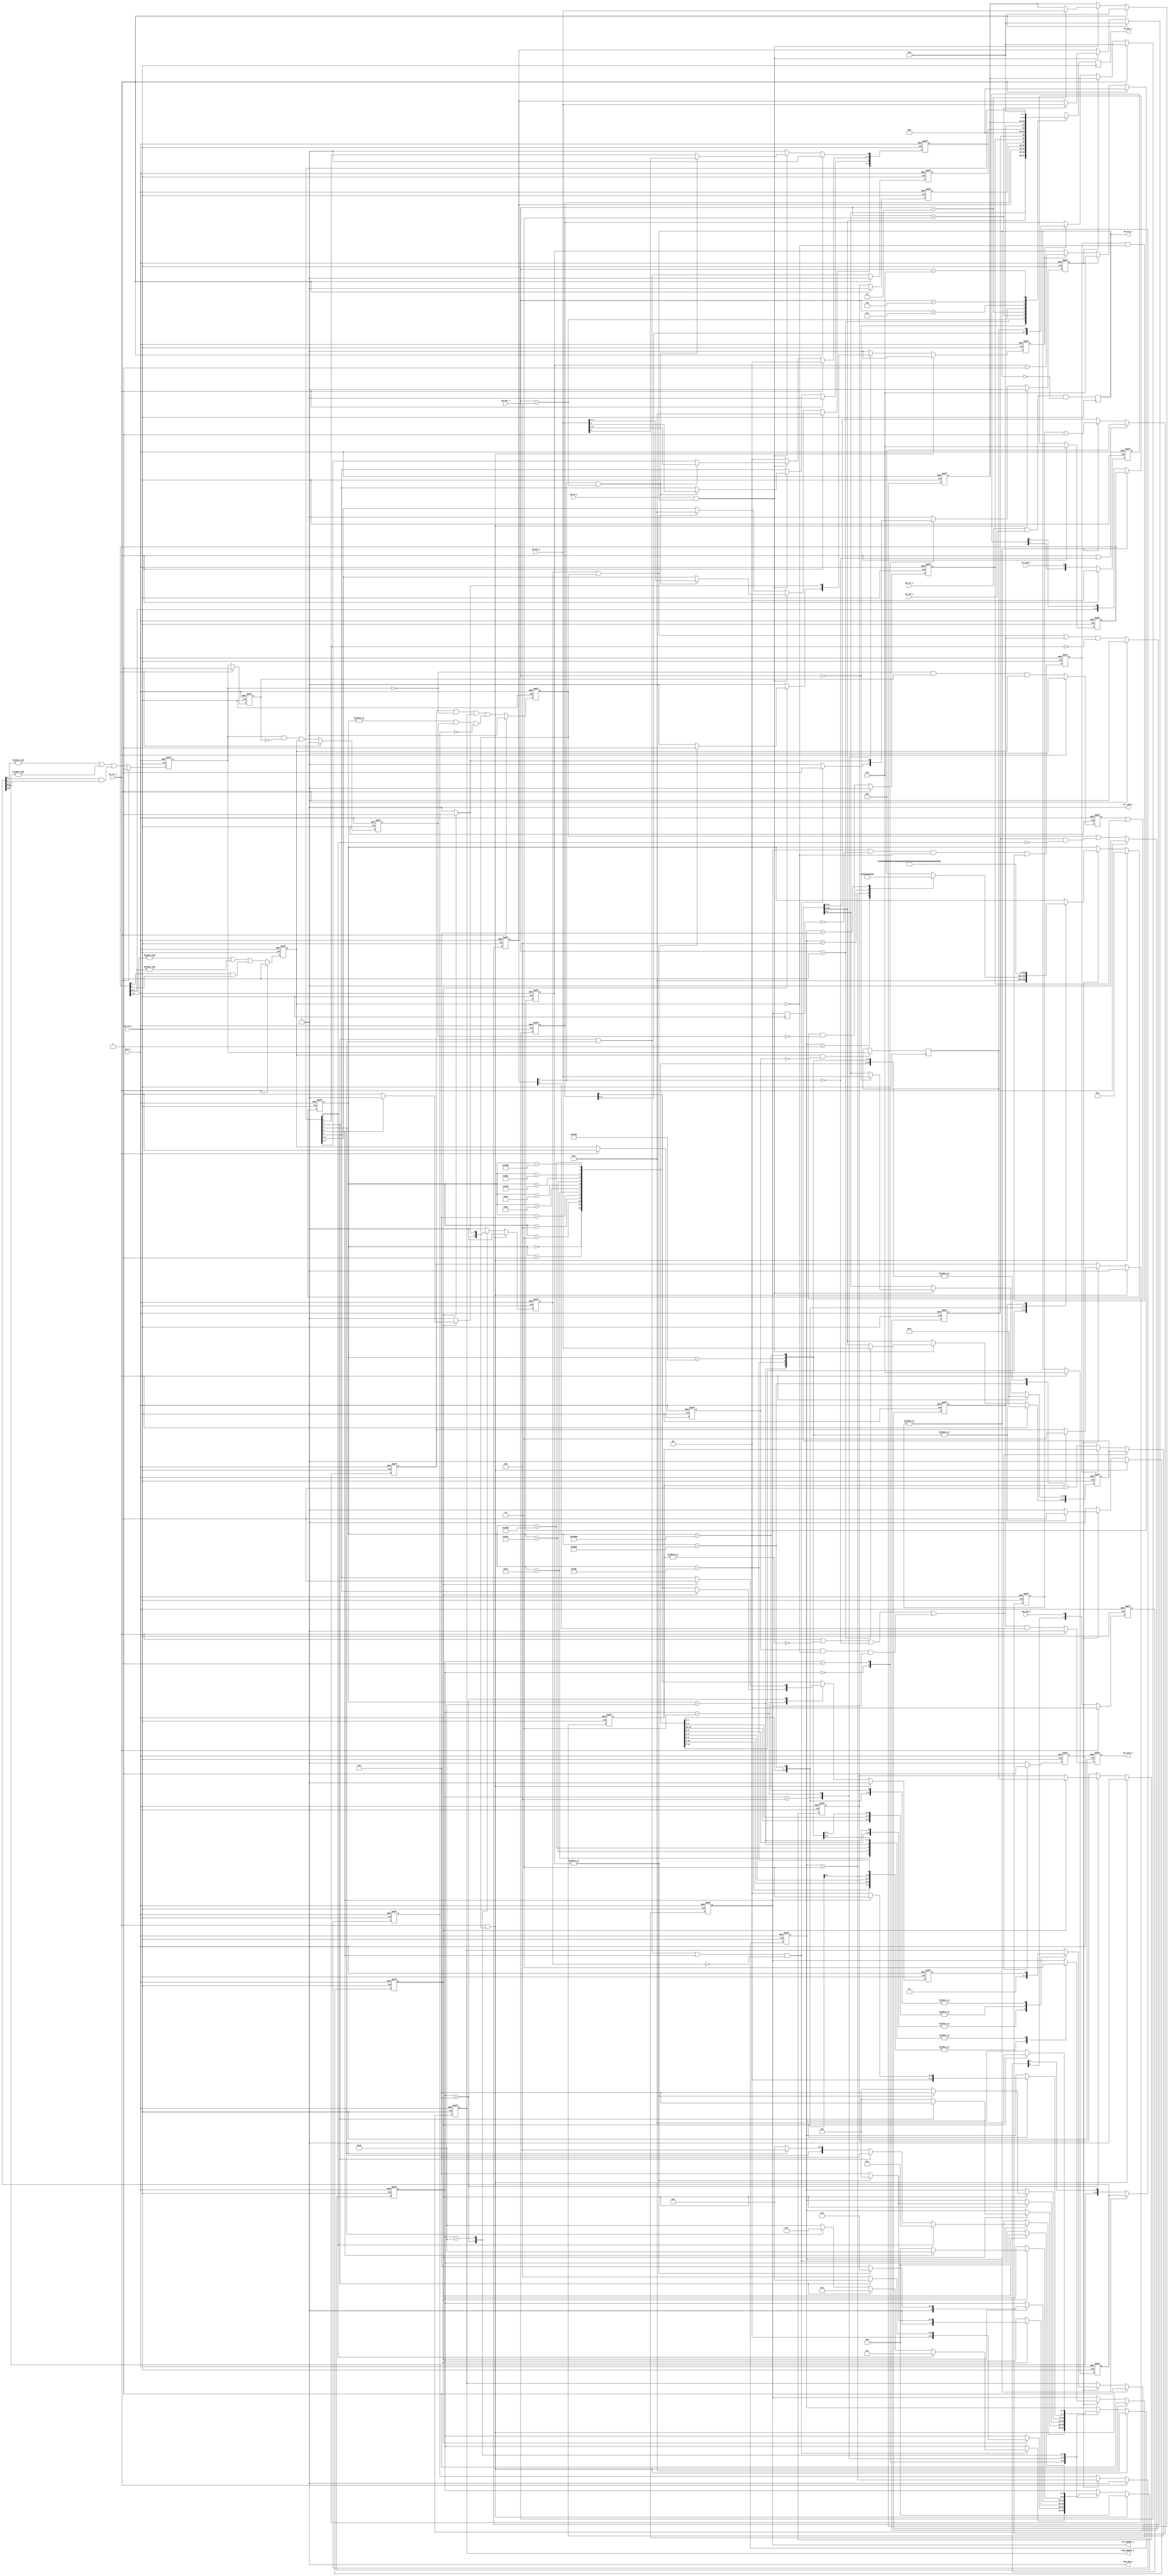
module i2c_master_top (
        input wb_clk_i,
        input wb_rst_i,
        input arst_i,
        input [2:0] wb_adr_i,
        input [7:0] wb_dat_i,
        output reg  [7:0] wb_dat_o,
        input wb_we_i,
        input wb_stb_i,
        input wb_cyc_i,
        output reg  wb_ack_o,
        output reg  wb_inta_o,
        input scl_pad_i,
        output scl_pad_o,
        output scl_padoen_o,
        input sda_pad_i,
        output sda_pad_o,
        output sda_padoen_o) ;
    parameter ARST_LVL =1'b0;
    parameter[4:0] byte_controller_ST_IDLE =5'b0_0000;
    parameter[4:0] byte_controller_ST_START =5'b0_0001;
    parameter[4:0] byte_controller_ST_READ =5'b0_0010;
    parameter[4:0] byte_controller_ST_WRITE =5'b0_0100;
    parameter[4:0] byte_controller_ST_ACK =5'b0_1000;
    parameter[4:0] byte_controller_ST_STOP =5'b1_0000;
    parameter[17:0] byte_controller_bit_controller_idle =18'b0_0000_0000_0000_0000;
    parameter[17:0] byte_controller_bit_controller_start_a =18'b0_0000_0000_0000_0001;
    parameter[17:0] byte_controller_bit_controller_start_b =18'b0_0000_0000_0000_0010;
    parameter[17:0] byte_controller_bit_controller_start_c =18'b0_0000_0000_0000_0100;
    parameter[17:0] byte_controller_bit_controller_start_d =18'b0_0000_0000_0000_1000;
    parameter[17:0] byte_controller_bit_controller_start_e =18'b0_0000_0000_0001_0000;
    parameter[17:0] byte_controller_bit_controller_stop_a =18'b0_0000_0000_0010_0000;
    parameter[17:0] byte_controller_bit_controller_stop_b =18'b0_0000_0000_0100_0000;
    parameter[17:0] byte_controller_bit_controller_stop_c =18'b0_0000_0000_1000_0000;
    parameter[17:0] byte_controller_bit_controller_stop_d =18'b0_0000_0001_0000_0000;
    parameter[17:0] byte_controller_bit_controller_rd_a =18'b0_0000_0010_0000_0000;
    parameter[17:0] byte_controller_bit_controller_rd_b =18'b0_0000_0100_0000_0000;
    parameter[17:0] byte_controller_bit_controller_rd_c =18'b0_0000_1000_0000_0000;
    parameter[17:0] byte_controller_bit_controller_rd_d =18'b0_0001_0000_0000_0000;
    parameter[17:0] byte_controller_bit_controller_wr_a =18'b0_0010_0000_0000_0000;
    parameter[17:0] byte_controller_bit_controller_wr_b =18'b0_0100_0000_0000_0000;
    parameter[17:0] byte_controller_bit_controller_wr_c =18'b0_1000_0000_0000_0000;
    parameter[17:0] byte_controller_bit_controller_wr_d =18'b1_0000_0000_0000_0000;
    reg [15:0] prer ;
    reg [7:0] ctr ;
    reg [7:0] txr ;
    wire [7:0] rxr ;
    reg [7:0] cr ;
    wire [7:0] sr ;
    wire done ;
    wire core_en ;
    wire ien ;
    wire irxack ;
    reg rxack ;
    reg tip ;
    reg irq_flag ;
    wire i2c_busy ;
    wire i2c_al ;
    reg al ;
    wire rst_i=(arst_i^ARST_LVL) ;
    wire wb_wacc=(wb_we_i&wb_ack_o) ;
    wire sta=cr[7] ;
    wire sto=cr[6] ;
    wire rd=cr[5] ;
    wire wr=cr[4] ;
    wire ack=cr[3] ;
    wire iack=cr[0] ;
    wire byte_controller_clk ;
    wire byte_controller_rst ;
    wire byte_controller_nReset ;
    wire byte_controller_ena ;
    wire [15:0] byte_controller_clk_cnt ;
    wire byte_controller_start ;
    wire byte_controller_stop ;
    wire byte_controller_read ;
    wire byte_controller_write ;
    wire byte_controller_ack_in ;
    wire [7:0] byte_controller_din ;
    reg byte_controller_cmd_ack ;
    reg byte_controller_ack_out ;
    wire [7:0] byte_controller_dout ;
    wire byte_controller_i2c_busy ;
    wire byte_controller_i2c_al ;
    wire byte_controller_scl_i ;
    wire byte_controller_scl_o ;
    wire byte_controller_scl_oen ;
    wire byte_controller_sda_i ;
    wire byte_controller_sda_o ;
    wire byte_controller_sda_oen ;
    reg [3:0] byte_controller_core_cmd ;
    reg byte_controller_core_txd ;
    wire byte_controller_core_ack ;
    wire byte_controller_core_rxd ;
    reg [7:0] byte_controller_sr ;
    reg byte_controller_shift ;
    reg byte_controller_ld ;
    wire byte_controller_go ;
    reg [2:0] byte_controller_dcnt ;
    wire byte_controller_cnt_done ;
    reg [4:0] byte_controller_c_state ;
    wire byte_controller_bit_controller_clk ;
    wire byte_controller_bit_controller_rst ;
    wire byte_controller_bit_controller_nReset ;
    wire byte_controller_bit_controller_ena ;
    wire [15:0] byte_controller_bit_controller_clk_cnt ;
    wire [3:0] byte_controller_bit_controller_cmd ;
    reg byte_controller_bit_controller_cmd_ack ;
    reg byte_controller_bit_controller_busy ;
    reg byte_controller_bit_controller_al ;
    wire byte_controller_bit_controller_din ;
    reg byte_controller_bit_controller_dout ;
    wire byte_controller_bit_controller_scl_i ;
    wire byte_controller_bit_controller_scl_o ;
    reg byte_controller_bit_controller_scl_oen ;
    wire byte_controller_bit_controller_sda_i ;
    wire byte_controller_bit_controller_sda_o ;
    reg byte_controller_bit_controller_sda_oen ;
    reg [1:0] byte_controller_bit_controller_cSCL ;
    reg [1:0] byte_controller_bit_controller_cSDA ;
    reg [2:0] byte_controller_bit_controller_fSCL ;
    reg [2:0] byte_controller_bit_controller_fSDA ;
    reg byte_controller_bit_controller_sSCL ;
    reg byte_controller_bit_controller_sSDA ;
    reg byte_controller_bit_controller_dSCL ;
    reg byte_controller_bit_controller_dSDA ;
    reg byte_controller_bit_controller_dscl_oen ;
    reg byte_controller_bit_controller_sda_chk ;
    reg byte_controller_bit_controller_clk_en ;
    reg byte_controller_bit_controller_slave_wait ;
    reg [15:0] byte_controller_bit_controller_cnt ;
    reg [13:0] byte_controller_bit_controller_filter_cnt ;
    reg [17:0] byte_controller_bit_controller_c_state ;
    wire byte_controller_bit_controller_scl_sync=((byte_controller_bit_controller_dSCL&~(byte_controller_bit_controller_sSCL))&byte_controller_bit_controller_scl_oen) ;
    reg byte_controller_bit_controller_sta_condition ;
    reg byte_controller_bit_controller_sto_condition ;
    reg byte_controller_bit_controller_cmd_stop ;
    always @( posedge wb_clk_i)
    begin
        wb_ack_o <=((wb_cyc_i&wb_stb_i)&~(wb_ack_o));
    end

    always @( posedge wb_clk_i)
    begin
        case (wb_adr_i)
            3 'b000:
            begin
                wb_dat_o <=prer[7:0];
            end
            3 'b001:
            begin
                wb_dat_o <=prer[15:8];
            end
            3 'b010:
            begin
                wb_dat_o <=ctr;
            end
            3 'b011:
            begin
                wb_dat_o <=rxr;
            end
            3 'b100:
            begin
                wb_dat_o <=sr;
            end
            3 'b101:
            begin
                wb_dat_o <=txr;
            end
            3 'b110:
            begin
                wb_dat_o <=cr;
            end
            3 'b111:
            begin
                wb_dat_o <=0;
            end
        endcase
    end

    always @(  posedge wb_clk_i or  negedge rst_i)
    begin
        if (!(rst_i))
        begin
            prer <=16'hffff;
            ctr <=8'h0;
            txr <=8'h0;
        end
        else
        begin
            if (wb_rst_i)
            begin
                prer <=16'hffff;
                ctr <=8'h0;
                txr <=8'h0;
            end
            else
            begin
                if (wb_wacc)
                begin
                    case (wb_adr_i)
                        3 'b000:
                        begin
                            prer [7:0]<=wb_dat_i;
                        end
                        3 'b001:
                        begin
                            prer [15:8]<=wb_dat_i;
                        end
                        3 'b010:
                        begin
                            ctr <=wb_dat_i;
                        end
                        3 'b011:
                        begin
                            txr <=wb_dat_i;
                        end
                        default :
                        begin
                        end
                    endcase
                end
            end
        end
    end

    always @(  posedge wb_clk_i or  negedge rst_i)
    begin
        if (!(rst_i))
        begin
            cr <=8'h0;
        end
        else
        begin
            if (wb_rst_i)
            begin
                cr <=8'h0;
            end
            else
            begin
                if (wb_wacc)
                begin
                    if (core_en&(wb_adr_i==3'b100))
                    begin
                        cr <=wb_dat_i;
                    end
                end
                else
                begin
                    if (done|i2c_al)
                    begin
                        cr [7:4]<=4'h0;
                    end
                    cr [2:1]<=2'b0;
                    cr [0]<=1'b0;
                end
            end
        end
    end

    assign core_en=ctr[7];
    assign ien=ctr[6];
    always @(  posedge wb_clk_i or  negedge rst_i)
    begin
        if (!(rst_i))
        begin
            al <=1'b0;
            rxack <=1'b0;
            tip <=1'b0;
            irq_flag <=1'b0;
        end
        else
        begin
            if (wb_rst_i)
            begin
                al <=1'b0;
                rxack <=1'b0;
                tip <=1'b0;
                irq_flag <=1'b0;
            end
            else
            begin
                al <=(i2c_al|(al&~(sta)));
                rxack <=irxack;
                tip <=(rd|wr);
                irq_flag <=(((done|i2c_al)|irq_flag)&~(iack));
            end
        end
    end

    always @(  posedge wb_clk_i or  negedge rst_i)
    begin
        if (!(rst_i))
        begin
            wb_inta_o <=1'b0;
        end
        else
        begin
            if (wb_rst_i)
            begin
                wb_inta_o <=1'b0;
            end
            else
            begin
                wb_inta_o <=(irq_flag&&ien);
            end
        end
    end

    assign sr[7]=rxack;
    assign sr[6]=i2c_busy;
    assign sr[5]=al;
    assign sr[4:2]=3'h0;
    assign sr[1]=tip;
    assign sr[0]=irq_flag;
    assign byte_controller_clk=wb_clk_i;
    assign byte_controller_rst=wb_rst_i;
    assign byte_controller_nReset=rst_i;
    assign byte_controller_ena=core_en;
    assign byte_controller_clk_cnt=prer;
    assign byte_controller_start=sta;
    assign byte_controller_stop=sto;
    assign byte_controller_read=rd;
    assign byte_controller_write=wr;
    assign byte_controller_ack_in=ack;
    assign byte_controller_din=txr;
    assign done=byte_controller_cmd_ack;
    assign irxack=byte_controller_ack_out;
    assign rxr=byte_controller_dout;
    assign i2c_busy=byte_controller_i2c_busy;
    assign i2c_al=byte_controller_i2c_al;
    assign byte_controller_scl_i=scl_pad_i;
    assign scl_pad_o=byte_controller_scl_o;
    assign scl_padoen_o=byte_controller_scl_oen;
    assign byte_controller_sda_i=sda_pad_i;
    assign sda_pad_o=byte_controller_sda_o;
    assign sda_padoen_o=byte_controller_sda_oen;
    assign byte_controller_bit_controller_clk=byte_controller_clk;
    assign byte_controller_bit_controller_rst=byte_controller_rst;
    assign byte_controller_bit_controller_nReset=byte_controller_nReset;
    assign byte_controller_bit_controller_ena=byte_controller_ena;
    assign byte_controller_bit_controller_clk_cnt=byte_controller_clk_cnt;
    assign byte_controller_bit_controller_cmd=byte_controller_core_cmd;
    assign byte_controller_core_ack=byte_controller_bit_controller_cmd_ack;
    assign byte_controller_i2c_busy=byte_controller_bit_controller_busy;
    assign byte_controller_i2c_al=byte_controller_bit_controller_al;
    assign byte_controller_bit_controller_din=byte_controller_core_txd;
    assign byte_controller_core_rxd=byte_controller_bit_controller_dout;
    assign byte_controller_bit_controller_scl_i=byte_controller_scl_i;
    assign byte_controller_scl_o=byte_controller_bit_controller_scl_o;
    assign byte_controller_scl_oen=byte_controller_bit_controller_scl_oen;
    assign byte_controller_bit_controller_sda_i=byte_controller_sda_i;
    assign byte_controller_sda_o=byte_controller_bit_controller_sda_o;
    assign byte_controller_sda_oen=byte_controller_bit_controller_sda_oen;
    always @( posedge byte_controller_bit_controller_clk)
    begin
        byte_controller_bit_controller_dscl_oen <=byte_controller_bit_controller_scl_oen;
    end

    always @(  posedge byte_controller_bit_controller_clk or  negedge byte_controller_bit_controller_nReset)
    begin
        if (!(byte_controller_bit_controller_nReset))
        begin
            byte_controller_bit_controller_slave_wait <=1'b0;
        end
        else
        begin
            byte_controller_bit_controller_slave_wait <=(((byte_controller_bit_controller_scl_oen&~(byte_controller_bit_controller_dscl_oen))&~(byte_controller_bit_controller_sSCL))|(byte_controller_bit_controller_slave_wait&~(byte_controller_bit_controller_sSCL)));
        end
    end

    always @(  posedge byte_controller_bit_controller_clk or  negedge byte_controller_bit_controller_nReset)
    begin
        if (~(byte_controller_bit_controller_nReset))
        begin
            byte_controller_bit_controller_cnt <=16'h0;
            byte_controller_bit_controller_clk_en <=1'b1;
        end
        else
        begin
            if (((byte_controller_bit_controller_rst||~|(byte_controller_bit_controller_cnt))||!(byte_controller_bit_controller_ena))||byte_controller_bit_controller_scl_sync)
            begin
                byte_controller_bit_controller_cnt <=byte_controller_bit_controller_clk_cnt;
                byte_controller_bit_controller_clk_en <=1'b1;
            end
            else
            begin
                if (byte_controller_bit_controller_slave_wait)
                begin
                    byte_controller_bit_controller_cnt <=byte_controller_bit_controller_cnt;
                    byte_controller_bit_controller_clk_en <=1'b0;
                end
                else
                begin
                    byte_controller_bit_controller_cnt <=(byte_controller_bit_controller_cnt-16'h1);
                    byte_controller_bit_controller_clk_en <=1'b0;
                end
            end
        end
    end

    always @(  posedge byte_controller_bit_controller_clk or  negedge byte_controller_bit_controller_nReset)
    begin
        if (!(byte_controller_bit_controller_nReset))
        begin
            byte_controller_bit_controller_cSCL <=2'b00;
            byte_controller_bit_controller_cSDA <=2'b00;
        end
        else
        begin
            if (byte_controller_bit_controller_rst)
            begin
                byte_controller_bit_controller_cSCL <=2'b00;
                byte_controller_bit_controller_cSDA <=2'b00;
            end
            else
            begin
                byte_controller_bit_controller_cSCL <={byte_controller_bit_controller_cSCL[0],byte_controller_bit_controller_scl_i};
                byte_controller_bit_controller_cSDA <={byte_controller_bit_controller_cSDA[0],byte_controller_bit_controller_sda_i};
            end
        end
    end

    always @(  posedge byte_controller_bit_controller_clk or  negedge byte_controller_bit_controller_nReset)
    begin
        if (!(byte_controller_bit_controller_nReset))
        begin
            byte_controller_bit_controller_filter_cnt <=14'h0;
        end
        else
        begin
            if (byte_controller_bit_controller_rst||!(byte_controller_bit_controller_ena))
            begin
                byte_controller_bit_controller_filter_cnt <=14'h0;
            end
            else
            begin
                if (~|(byte_controller_bit_controller_filter_cnt))
                begin
                    byte_controller_bit_controller_filter_cnt <=(byte_controller_bit_controller_clk_cnt>>2);
                end
                else
                begin
                    byte_controller_bit_controller_filter_cnt <=(byte_controller_bit_controller_filter_cnt-1);
                end
            end
        end
    end

    always @(  posedge byte_controller_bit_controller_clk or  negedge byte_controller_bit_controller_nReset)
    begin
        if (!(byte_controller_bit_controller_nReset))
        begin
            byte_controller_bit_controller_fSCL <=3'b111;
            byte_controller_bit_controller_fSDA <=3'b111;
        end
        else
        begin
            if (byte_controller_bit_controller_rst)
            begin
                byte_controller_bit_controller_fSCL <=3'b111;
                byte_controller_bit_controller_fSDA <=3'b111;
            end
            else
            begin
                if (~|(byte_controller_bit_controller_filter_cnt))
                begin
                    byte_controller_bit_controller_fSCL <={byte_controller_bit_controller_fSCL[1:0],byte_controller_bit_controller_cSCL[1]};
                    byte_controller_bit_controller_fSDA <={byte_controller_bit_controller_fSDA[1:0],byte_controller_bit_controller_cSDA[1]};
                end
            end
        end
    end

    always @(  posedge byte_controller_bit_controller_clk or  negedge byte_controller_bit_controller_nReset)
    begin
        if (~(byte_controller_bit_controller_nReset))
        begin
            byte_controller_bit_controller_sSCL <=1'b1;
            byte_controller_bit_controller_sSDA <=1'b1;
            byte_controller_bit_controller_dSCL <=1'b1;
            byte_controller_bit_controller_dSDA <=1'b1;
        end
        else
        begin
            if (byte_controller_bit_controller_rst)
            begin
                byte_controller_bit_controller_sSCL <=1'b1;
                byte_controller_bit_controller_sSDA <=1'b1;
                byte_controller_bit_controller_dSCL <=1'b1;
                byte_controller_bit_controller_dSDA <=1'b1;
            end
            else
            begin
                byte_controller_bit_controller_sSCL <=((&(byte_controller_bit_controller_fSCL[2:1])|&(byte_controller_bit_controller_fSCL[1:0]))|(byte_controller_bit_controller_fSCL[2]&byte_controller_bit_controller_fSCL[0]));
                byte_controller_bit_controller_sSDA <=((&(byte_controller_bit_controller_fSDA[2:1])|&(byte_controller_bit_controller_fSDA[1:0]))|(byte_controller_bit_controller_fSDA[2]&byte_controller_bit_controller_fSDA[0]));
                byte_controller_bit_controller_dSCL <=byte_controller_bit_controller_sSCL;
                byte_controller_bit_controller_dSDA <=byte_controller_bit_controller_sSDA;
            end
        end
    end

    always @(  posedge byte_controller_bit_controller_clk or  negedge byte_controller_bit_controller_nReset)
    begin
        if (~(byte_controller_bit_controller_nReset))
        begin
            byte_controller_bit_controller_sta_condition <=1'b0;
            byte_controller_bit_controller_sto_condition <=1'b0;
        end
        else
        begin
            if (byte_controller_bit_controller_rst)
            begin
                byte_controller_bit_controller_sta_condition <=1'b0;
                byte_controller_bit_controller_sto_condition <=1'b0;
            end
            else
            begin
                byte_controller_bit_controller_sta_condition <=((~(byte_controller_bit_controller_sSDA)&byte_controller_bit_controller_dSDA)&byte_controller_bit_controller_sSCL);
                byte_controller_bit_controller_sto_condition <=((byte_controller_bit_controller_sSDA&~(byte_controller_bit_controller_dSDA))&byte_controller_bit_controller_sSCL);
            end
        end
    end

    always @(  posedge byte_controller_bit_controller_clk or  negedge byte_controller_bit_controller_nReset)
    begin
        if (!(byte_controller_bit_controller_nReset))
        begin
            byte_controller_bit_controller_busy <=1'b0;
        end
        else
        begin
            if (byte_controller_bit_controller_rst)
            begin
                byte_controller_bit_controller_busy <=1'b0;
            end
            else
            begin
                byte_controller_bit_controller_busy <=((byte_controller_bit_controller_sta_condition|byte_controller_bit_controller_busy)&~(byte_controller_bit_controller_sto_condition));
            end
        end
    end

    always @(  posedge byte_controller_bit_controller_clk or  negedge byte_controller_bit_controller_nReset)
    begin
        if (~(byte_controller_bit_controller_nReset))
        begin
            byte_controller_bit_controller_cmd_stop <=1'b0;
        end
        else
        begin
            if (byte_controller_bit_controller_rst)
            begin
                byte_controller_bit_controller_cmd_stop <=1'b0;
            end
            else
            begin
                if (byte_controller_bit_controller_clk_en)
                begin
                    byte_controller_bit_controller_cmd_stop <=(byte_controller_bit_controller_cmd==4'b0010);
                end
            end
        end
    end

    always @(  posedge byte_controller_bit_controller_clk or  negedge byte_controller_bit_controller_nReset)
    begin
        if (~(byte_controller_bit_controller_nReset))
        begin
            byte_controller_bit_controller_al <=1'b0;
        end
        else
        begin
            if (byte_controller_bit_controller_rst)
            begin
                byte_controller_bit_controller_al <=1'b0;
            end
            else
            begin
                byte_controller_bit_controller_al <=(((byte_controller_bit_controller_sda_chk&~(byte_controller_bit_controller_sSDA))&byte_controller_bit_controller_sda_oen)|((|(byte_controller_bit_controller_c_state)&byte_controller_bit_controller_sto_condition)&~(byte_controller_bit_controller_cmd_stop)));
            end
        end
    end

    always @( posedge byte_controller_bit_controller_clk)
    begin
        if (byte_controller_bit_controller_sSCL&~(byte_controller_bit_controller_dSCL))
        begin
            byte_controller_bit_controller_dout <=byte_controller_bit_controller_sSDA;
        end
    end

    always @(  posedge byte_controller_bit_controller_clk or  negedge byte_controller_bit_controller_nReset)
    begin
        if (!(byte_controller_bit_controller_nReset))
        begin
            byte_controller_bit_controller_c_state <=byte_controller_bit_controller_idle;
            byte_controller_bit_controller_cmd_ack <=1'b0;
            byte_controller_bit_controller_scl_oen <=1'b1;
            byte_controller_bit_controller_sda_oen <=1'b1;
            byte_controller_bit_controller_sda_chk <=1'b0;
        end
        else
        begin
            if (byte_controller_bit_controller_rst|byte_controller_bit_controller_al)
            begin
                byte_controller_bit_controller_c_state <=byte_controller_bit_controller_idle;
                byte_controller_bit_controller_cmd_ack <=1'b0;
                byte_controller_bit_controller_scl_oen <=1'b1;
                byte_controller_bit_controller_sda_oen <=1'b1;
                byte_controller_bit_controller_sda_chk <=1'b0;
            end
            else
            begin
                byte_controller_bit_controller_cmd_ack <=1'b0;
                if (byte_controller_bit_controller_clk_en)
                begin
                    case (byte_controller_bit_controller_c_state)
                        byte_controller_bit_controller_idle :
                        begin
                            case (byte_controller_bit_controller_cmd)
                                4 'b0001:
                                begin
                                    byte_controller_bit_controller_c_state <=byte_controller_bit_controller_start_a;
                                end
                                4 'b0010:
                                begin
                                    byte_controller_bit_controller_c_state <=byte_controller_bit_controller_stop_a;
                                end
                                4 'b0100:
                                begin
                                    byte_controller_bit_controller_c_state <=byte_controller_bit_controller_wr_a;
                                end
                                4 'b1000:
                                begin
                                    byte_controller_bit_controller_c_state <=byte_controller_bit_controller_rd_a;
                                end
                                default :
                                begin
                                    byte_controller_bit_controller_c_state <=byte_controller_bit_controller_idle;
                                end
                            endcase
                            byte_controller_bit_controller_scl_oen <=byte_controller_bit_controller_scl_oen;
                            byte_controller_bit_controller_sda_oen <=byte_controller_bit_controller_sda_oen;
                            byte_controller_bit_controller_sda_chk <=1'b0;
                        end
                        byte_controller_bit_controller_start_a :
                        begin
                            byte_controller_bit_controller_c_state <=byte_controller_bit_controller_start_b;
                            byte_controller_bit_controller_scl_oen <=byte_controller_bit_controller_scl_oen;
                            byte_controller_bit_controller_sda_oen <=1'b1;
                            byte_controller_bit_controller_sda_chk <=1'b0;
                        end
                        byte_controller_bit_controller_start_b :
                        begin
                            byte_controller_bit_controller_c_state <=byte_controller_bit_controller_start_c;
                            byte_controller_bit_controller_scl_oen <=1'b1;
                            byte_controller_bit_controller_sda_oen <=1'b1;
                            byte_controller_bit_controller_sda_chk <=1'b0;
                        end
                        byte_controller_bit_controller_start_c :
                        begin
                            byte_controller_bit_controller_c_state <=byte_controller_bit_controller_start_d;
                            byte_controller_bit_controller_scl_oen <=1'b1;
                            byte_controller_bit_controller_sda_oen <=1'b0;
                            byte_controller_bit_controller_sda_chk <=1'b0;
                        end
                        byte_controller_bit_controller_start_d :
                        begin
                            byte_controller_bit_controller_c_state <=byte_controller_bit_controller_start_e;
                            byte_controller_bit_controller_scl_oen <=1'b1;
                            byte_controller_bit_controller_sda_oen <=1'b0;
                            byte_controller_bit_controller_sda_chk <=1'b0;
                        end
                        byte_controller_bit_controller_start_e :
                        begin
                            byte_controller_bit_controller_c_state <=byte_controller_bit_controller_idle;
                            byte_controller_bit_controller_cmd_ack <=1'b1;
                            byte_controller_bit_controller_scl_oen <=1'b0;
                            byte_controller_bit_controller_sda_oen <=1'b0;
                            byte_controller_bit_controller_sda_chk <=1'b0;
                        end
                        byte_controller_bit_controller_stop_a :
                        begin
                            byte_controller_bit_controller_c_state <=byte_controller_bit_controller_stop_b;
                            byte_controller_bit_controller_scl_oen <=1'b0;
                            byte_controller_bit_controller_sda_oen <=1'b0;
                            byte_controller_bit_controller_sda_chk <=1'b0;
                        end
                        byte_controller_bit_controller_stop_b :
                        begin
                            byte_controller_bit_controller_c_state <=byte_controller_bit_controller_stop_c;
                            byte_controller_bit_controller_scl_oen <=1'b1;
                            byte_controller_bit_controller_sda_oen <=1'b0;
                            byte_controller_bit_controller_sda_chk <=1'b0;
                        end
                        byte_controller_bit_controller_stop_c :
                        begin
                            byte_controller_bit_controller_c_state <=byte_controller_bit_controller_stop_d;
                            byte_controller_bit_controller_scl_oen <=1'b1;
                            byte_controller_bit_controller_sda_oen <=1'b0;
                            byte_controller_bit_controller_sda_chk <=1'b0;
                        end
                        byte_controller_bit_controller_stop_d :
                        begin
                            byte_controller_bit_controller_c_state <=byte_controller_bit_controller_idle;
                            byte_controller_bit_controller_cmd_ack <=1'b1;
                            byte_controller_bit_controller_scl_oen <=1'b1;
                            byte_controller_bit_controller_sda_oen <=1'b1;
                            byte_controller_bit_controller_sda_chk <=1'b0;
                        end
                        byte_controller_bit_controller_rd_a :
                        begin
                            byte_controller_bit_controller_c_state <=byte_controller_bit_controller_rd_b;
                            byte_controller_bit_controller_scl_oen <=1'b0;
                            byte_controller_bit_controller_sda_oen <=1'b1;
                            byte_controller_bit_controller_sda_chk <=1'b0;
                        end
                        byte_controller_bit_controller_rd_b :
                        begin
                            byte_controller_bit_controller_c_state <=byte_controller_bit_controller_rd_c;
                            byte_controller_bit_controller_scl_oen <=1'b1;
                            byte_controller_bit_controller_sda_oen <=1'b1;
                            byte_controller_bit_controller_sda_chk <=1'b0;
                        end
                        byte_controller_bit_controller_rd_c :
                        begin
                            byte_controller_bit_controller_c_state <=byte_controller_bit_controller_rd_d;
                            byte_controller_bit_controller_scl_oen <=1'b1;
                            byte_controller_bit_controller_sda_oen <=1'b1;
                            byte_controller_bit_controller_sda_chk <=1'b0;
                        end
                        byte_controller_bit_controller_rd_d :
                        begin
                            byte_controller_bit_controller_c_state <=byte_controller_bit_controller_idle;
                            byte_controller_bit_controller_cmd_ack <=1'b1;
                            byte_controller_bit_controller_scl_oen <=1'b0;
                            byte_controller_bit_controller_sda_oen <=1'b1;
                            byte_controller_bit_controller_sda_chk <=1'b0;
                        end
                        byte_controller_bit_controller_wr_a :
                        begin
                            byte_controller_bit_controller_c_state <=byte_controller_bit_controller_wr_b;
                            byte_controller_bit_controller_scl_oen <=1'b0;
                            byte_controller_bit_controller_sda_oen <=byte_controller_bit_controller_din;
                            byte_controller_bit_controller_sda_chk <=1'b0;
                        end
                        byte_controller_bit_controller_wr_b :
                        begin
                            byte_controller_bit_controller_c_state <=byte_controller_bit_controller_wr_c;
                            byte_controller_bit_controller_scl_oen <=1'b1;
                            byte_controller_bit_controller_sda_oen <=byte_controller_bit_controller_din;
                            byte_controller_bit_controller_sda_chk <=1'b0;
                        end
                        byte_controller_bit_controller_wr_c :
                        begin
                            byte_controller_bit_controller_c_state <=byte_controller_bit_controller_wr_d;
                            byte_controller_bit_controller_scl_oen <=1'b1;
                            byte_controller_bit_controller_sda_oen <=byte_controller_bit_controller_din;
                            byte_controller_bit_controller_sda_chk <=1'b1;
                        end
                        byte_controller_bit_controller_wr_d :
                        begin
                            byte_controller_bit_controller_c_state <=byte_controller_bit_controller_idle;
                            byte_controller_bit_controller_cmd_ack <=1'b1;
                            byte_controller_bit_controller_scl_oen <=1'b0;
                            byte_controller_bit_controller_sda_oen <=byte_controller_bit_controller_din;
                            byte_controller_bit_controller_sda_chk <=1'b0;
                        end
                    endcase
                end
            end
        end
    end

    assign byte_controller_bit_controller_scl_o=1'b0;
    assign byte_controller_bit_controller_sda_o=1'b0;
    assign byte_controller_go=(((byte_controller_read|byte_controller_write)|byte_controller_stop)&~(byte_controller_cmd_ack));
    assign byte_controller_dout=byte_controller_sr;
    always @(  posedge byte_controller_clk or  negedge byte_controller_nReset)
    begin
        if (!(byte_controller_nReset))
        begin
            byte_controller_sr <=8'h0;
        end
        else
        begin
            if (byte_controller_rst)
            begin
                byte_controller_sr <=8'h0;
            end
            else
            begin
                if (byte_controller_ld)
                begin
                    byte_controller_sr <=byte_controller_din;
                end
                else
                begin
                    if (byte_controller_shift)
                    begin
                        byte_controller_sr <={byte_controller_sr[6:0],byte_controller_core_rxd};
                    end
                end
            end
        end
    end

    always @(  posedge byte_controller_clk or  negedge byte_controller_nReset)
    begin
        if (!(byte_controller_nReset))
        begin
            byte_controller_dcnt <=3'h0;
        end
        else
        begin
            if (byte_controller_rst)
            begin
                byte_controller_dcnt <=3'h0;
            end
            else
            begin
                if (byte_controller_ld)
                begin
                    byte_controller_dcnt <=3'h7;
                end
                else
                begin
                    if (byte_controller_shift)
                    begin
                        byte_controller_dcnt <=(byte_controller_dcnt-3'h1);
                    end
                end
            end
        end
    end

    assign byte_controller_cnt_done=~(|(byte_controller_dcnt));
    always @(  posedge byte_controller_clk or  negedge byte_controller_nReset)
    begin
        if (!(byte_controller_nReset))
        begin
            byte_controller_core_cmd <=4'b0000;
            byte_controller_core_txd <=1'b0;
            byte_controller_shift <=1'b0;
            byte_controller_ld <=1'b0;
            byte_controller_cmd_ack <=1'b0;
            byte_controller_c_state <=byte_controller_ST_IDLE;
            byte_controller_ack_out <=1'b0;
        end
        else
        begin
            if (byte_controller_rst|byte_controller_i2c_al)
            begin
                byte_controller_core_cmd <=4'b0000;
                byte_controller_core_txd <=1'b0;
                byte_controller_shift <=1'b0;
                byte_controller_ld <=1'b0;
                byte_controller_cmd_ack <=1'b0;
                byte_controller_c_state <=byte_controller_ST_IDLE;
                byte_controller_ack_out <=1'b0;
            end
            else
            begin
                byte_controller_core_txd <=byte_controller_sr[7];
                byte_controller_shift <=1'b0;
                byte_controller_ld <=1'b0;
                byte_controller_cmd_ack <=1'b0;
                case (byte_controller_c_state)
                    byte_controller_ST_IDLE :
                    begin
                        if (byte_controller_go)
                        begin
                            if (byte_controller_start)
                            begin
                                byte_controller_c_state <=byte_controller_ST_START;
                                byte_controller_core_cmd <=4'b0001;
                            end
                            else
                            begin
                                if (byte_controller_read)
                                begin
                                    byte_controller_c_state <=byte_controller_ST_READ;
                                    byte_controller_core_cmd <=4'b1000;
                                end
                                else
                                begin
                                    if (byte_controller_write)
                                    begin
                                        byte_controller_c_state <=byte_controller_ST_WRITE;
                                        byte_controller_core_cmd <=4'b0100;
                                    end
                                    else
                                    begin
                                        byte_controller_c_state <=byte_controller_ST_STOP;
                                        byte_controller_core_cmd <=4'b0010;
                                    end
                                end
                            end
                            byte_controller_ld <=1'b1;
                        end
                    end
                    byte_controller_ST_START :
                    begin
                        if (byte_controller_core_ack)
                        begin
                            if (byte_controller_read)
                            begin
                                byte_controller_c_state <=byte_controller_ST_READ;
                                byte_controller_core_cmd <=4'b1000;
                            end
                            else
                            begin
                                byte_controller_c_state <=byte_controller_ST_WRITE;
                                byte_controller_core_cmd <=4'b0100;
                            end
                            byte_controller_ld <=1'b1;
                        end
                    end
                    byte_controller_ST_WRITE :
                    begin
                        if (byte_controller_core_ack)
                        begin
                            if (byte_controller_cnt_done)
                            begin
                                byte_controller_c_state <=byte_controller_ST_ACK;
                                byte_controller_core_cmd <=4'b1000;
                            end
                            else
                            begin
                                byte_controller_c_state <=byte_controller_ST_WRITE;
                                byte_controller_core_cmd <=4'b0100;
                                byte_controller_shift <=1'b1;
                            end
                        end
                    end
                    byte_controller_ST_READ :
                    begin
                        if (byte_controller_core_ack)
                        begin
                            if (byte_controller_cnt_done)
                            begin
                                byte_controller_c_state <=byte_controller_ST_ACK;
                                byte_controller_core_cmd <=4'b0100;
                            end
                            else
                            begin
                                byte_controller_c_state <=byte_controller_ST_READ;
                                byte_controller_core_cmd <=4'b1000;
                            end
                            byte_controller_shift <=1'b1;
                            byte_controller_core_txd <=byte_controller_ack_in;
                        end
                    end
                    byte_controller_ST_ACK :
                    begin
                        if (byte_controller_core_ack)
                        begin
                            if (byte_controller_stop)
                            begin
                                byte_controller_c_state <=byte_controller_ST_STOP;
                                byte_controller_core_cmd <=4'b0010;
                            end
                            else
                            begin
                                byte_controller_c_state <=byte_controller_ST_IDLE;
                                byte_controller_core_cmd <=4'b0000;
                                byte_controller_cmd_ack <=1'b1;
                            end
                            byte_controller_ack_out <=byte_controller_core_rxd;
                            byte_controller_core_txd <=1'b1;
                        end
                        else
                        begin
                            byte_controller_core_txd <=byte_controller_ack_in;
                        end
                    end
                    byte_controller_ST_STOP :
                    begin
                        if (byte_controller_core_ack)
                        begin
                            byte_controller_c_state <=byte_controller_ST_IDLE;
                            byte_controller_core_cmd <=4'b0000;
                            byte_controller_cmd_ack <=1'b1;
                        end
                    end
                endcase
            end
        end
    end

endmodule